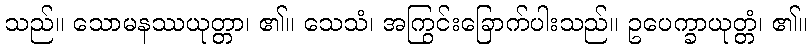
သည်။ သောမနဿယုတ္တာ၊ ၏။ သေသံ၊ အကြွင်းခြောက်ပါးသည်။ ဥပေက္ခာယုတ္တံ၊ ၏။